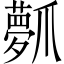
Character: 𤔻